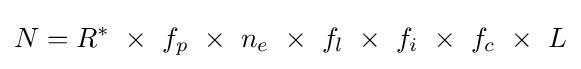
N=R^{*}~\times ~f_{p}~\times ~n_{e}~\times ~f_{l}~\times ~f_{i}~\times ~f_{c}~\times ~L